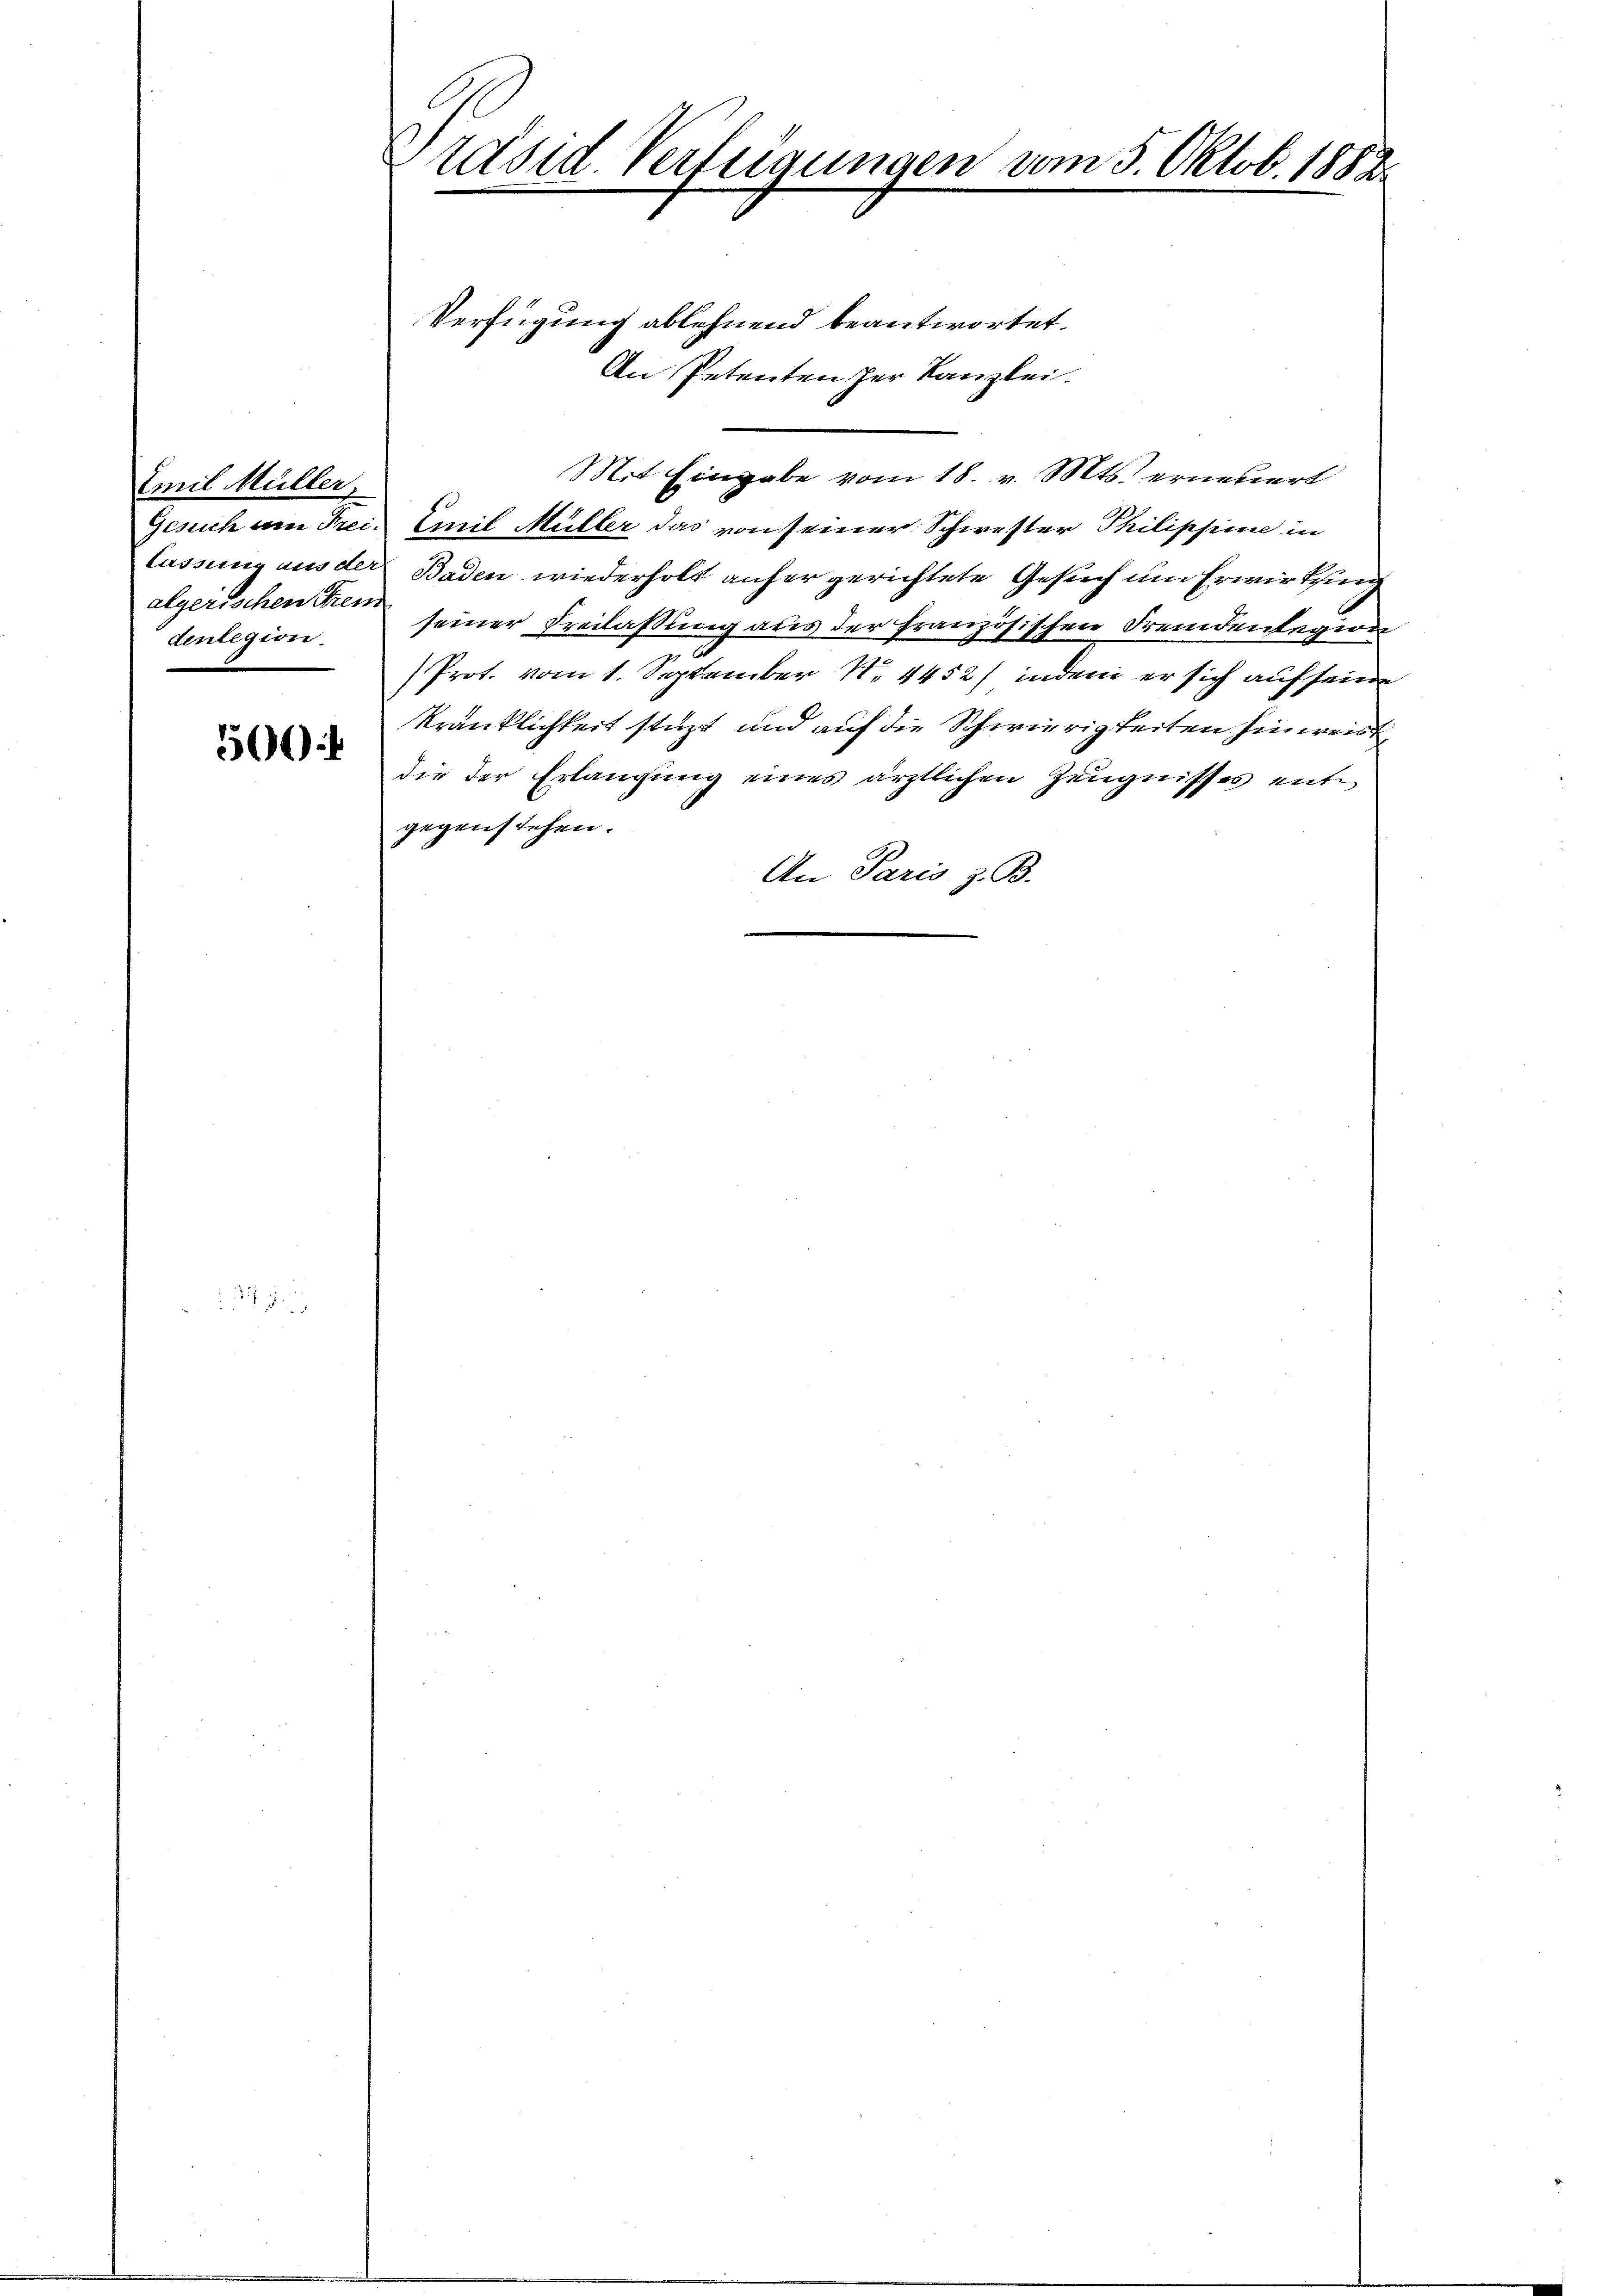
Emil Müller,
Gesuch am Frei-
lassung aus der
algerischen Tren
denlegion.

500

Präsid. Verleigungen vom 5. Oktob. 1883.

Verfügung ablehnend beantwortet.
An Petenten her Kanzlei.
Mit Eingabe vom 18. v. Mts. erneuert
Emil Müller das von seiner Schwester Philippine in
Baden wiederholt anher gerichtete Gesuch um Erwirthing
seiner Freilassung aus der französischen Fremdenlegion
Prot. vom 1. September N. 4452) indem er sich auf seine
kränklichkeit stüzt und auf die Schwierigkeiten hinweis
die der Erlangung eines ärztlichen Zeugnisses ent
gegenstehen.
An Paris z. B.